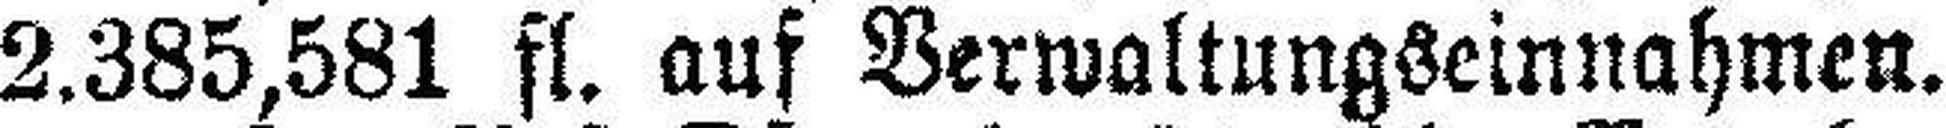
2.385,581 fl. auf Verwaltungseinnahmen.